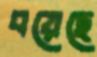
বয়েছে